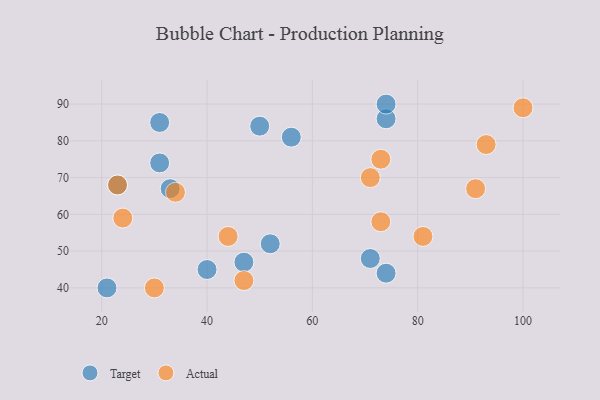
{"axis": {"x": "GDP", "y": "Life Expectancy"}, "legend": ["Actual", "Target"], "data": [{"x": "33", "y": 67, "type": "Target"}, {"x": "74", "y": 86, "type": "Target"}, {"x": "40", "y": 45, "type": "Target"}, {"x": "31", "y": 74, "type": "Target"}, {"x": "74", "y": 90, "type": "Target"}, {"x": "23", "y": 68, "type": "Target"}, {"x": "52", "y": 52, "type": "Target"}, {"x": "74", "y": 44, "type": "Target"}, {"x": "47", "y": 47, "type": "Target"}, {"x": "31", "y": 85, "type": "Target"}, {"x": "56", "y": 81, "type": "Target"}, {"x": "50", "y": 84, "type": "Target"}, {"x": "21", "y": 40, "type": "Target"}, {"x": "71", "y": 48, "type": "Target"}, {"x": "34", "y": 66, "type": "Actual"}, {"x": "100", "y": 89, "type": "Actual"}, {"x": "81", "y": 54, "type": "Actual"}, {"x": "30", "y": 40, "type": "Actual"}, {"x": "44", "y": 54, "type": "Actual"}, {"x": "91", "y": 67, "type": "Actual"}, {"x": "93", "y": 79, "type": "Actual"}, {"x": "73", "y": 75, "type": "Actual"}, {"x": "23", "y": 68, "type": "Actual"}, {"x": "71", "y": 70, "type": "Actual"}, {"x": "73", "y": 58, "type": "Actual"}, {"x": "47", "y": 42, "type": "Actual"}, {"x": "24", "y": 59, "type": "Actual"}]}